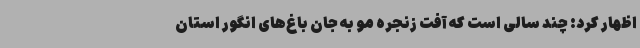
اظهار کرد: چند سالی است که آفت زنجره مو به جان باغ‌های انگور استان